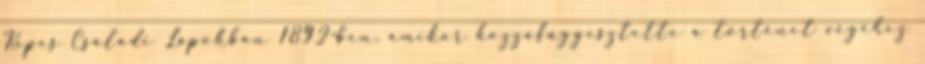
Képes Családi Lapokban 1892-ben, amikor hozzáfüggesztette a történet végéhez